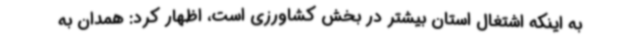
به اینکه اشتغال استان بیشتر در بخش کشاورزی است، اظهار کرد: همدان به